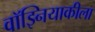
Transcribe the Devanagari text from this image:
वॉझ्नियाकीला